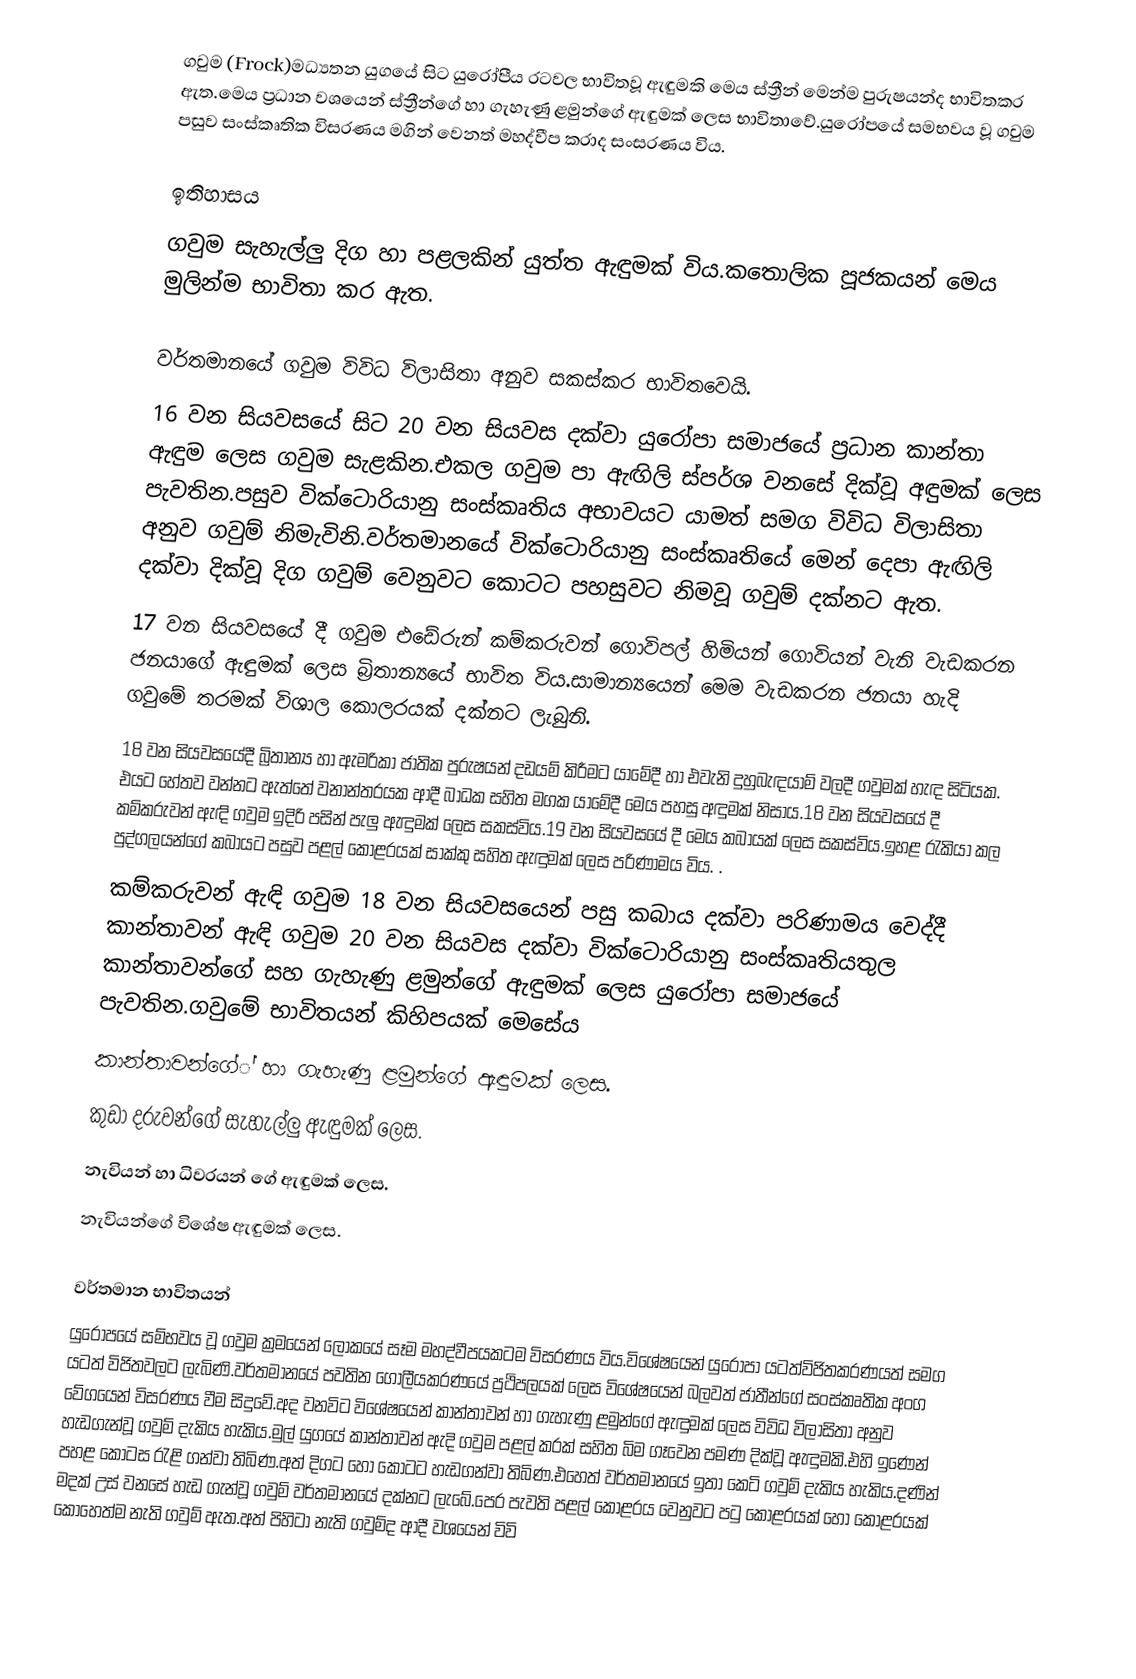
ගවුම (Frock)මධ්‍යතන යුගයේ සිට යුරෝපීය රටවල භාවිතවූ ඇඳුමකි මෙය ස්ත්‍රීන් මෙන්ම පුරුෂයන්ද භාවිතකර ඇත.මෙය ප්‍රධාන වශයෙන් ස්ත්‍රීන්ගේ හා ගැහැණු ළමුන්ගේ ඇඳුමක් ලෙස භාවිතාවේ.යුරෝපයේ සමභවය වූ ගවුම පසුව සංස්කෘතික විසරණය මගින් වෙනත් මහද්වීප කරාද සංසරණය විය.

ඉතිහාසය
ගවුම සැහැල්ලු දිග හා පළලකින් යුත්ත ඇඳුමක් විය.කතොලික පූජකයන්  මෙය මුලින්ම භාවිතා කර ඇත.

වර්තමානයේ ගවුම විවිධ විලාසිතා අනුව සකස්කර භාවිතවෙයි.
 16 වන සියවසයේ සිට 20 වන සියවස දක්වා යුරෝපා සමාජයේ ප්‍රධාන කාන්තා ඇඳුම ලෙස ගවුම සැළකින.එකල ගවුම පා ඇඟිලි ස්පර්ශ වනසේ දික්වූ අඳුමක් ලෙස පැවතින.පසුව වික්ටොරියානු සංස්කෘතිය අභාවයට යාමත් සමග විවිධ විලාසිතා අනුව ගවුම් නිමැවිනි.වර්තමානයේ වික්ටොරියානු සංස්කෘතියේ මෙන් දෙපා ඇඟිලි දක්වා දික්වූ දිග ගවුම් වෙනුවට කොටට පහසුවට නිමවූ ගවුම් දක්නට ඇත.
 17 වන සියවසයේ දී ගවුම එඩේරුන් කම්කරුවන් ගොවිපල් හිමියන් ගොවියන් වැනි වැඩකරන ජනයාගේ ඇඳුමක් ලෙස බ්‍රිතාන්‍යයේ භාවිත විය.සාමාන්‍යයෙන් මෙම වැඩකරන ජනයා හැදි ගවුමේ තරමක් විශාල කොලරයක් දක්නට ලැබුනි.
 18 වන සියවසයේදී බ්‍රිතාන්‍ය හා ඇමරිකා ජාතික පුරුෂයන් දඩයම් කිරීමට යාමේදී හා එවැනි දුහුබැඳයාම් වලදී ගවුමක් හැඳ සිටියක. එයට හේතව වන්නට ඇත්තේ වනාන්තරයක ආදී බාධක සහිත මගක යාමේදී මෙය පහසු අඳුමක් නිසාය.18 වන සියවසයේ දී කම්කරුවන් ඇඳි ගවුම ඉදිරි පසින් පැලු ඇඳුමක් ලෙස සකස්විය.19 වන සියවසයේ දී මෙය කබායක් ලෙස සකස්විය.ඉහළ රැකියා කල පුද්ගලයන්ගේ කබායට පසුව පළල් කොළරයක් සාක්කු සහිත ඇඳුමක් ලෙස පරිණාමය විය. .
කම්කරුවන් ඇඳි ගවුම 18 වන සියවසයෙන් පසු කබාය දක්වා පරිණාමය වෙද්දී කාන්තාවන් ඇඳි ගවුම 20 වන සියවස දක්වා වික්ටොරියානු සංස්කෘතියතුල කාන්තාවන්ගේ සහ ගැහැණු ළමුන්ගේ ඇඳුමක් ලෙස යුරෝපා සමාජයේ පැවතින.ගවුමේ භාවිතයන් කිහිපයක් මෙසේය
 කාන්තාවන්ගේ් හා ගැහැණු ළමුන්ගේ ඇඳුමක් ලෙස.
 කුඩා දරුවන්ගේ සැහැල්ලු ඇඳුමක් ලෙස.
 නැවියන් හා ධිවරයන් ගේ ඇඳුමක් ලෙස.
නැවියන්ගේ විශේෂ ඇඳුමක් ලෙස.

වර්තමාන භාවිතයන්
යුරෝපයේ සම්භවය වූ ගවුම ක්‍රමයෙන් ලෝකයේ සෑම මහද්වීපයකටම විසරණය විය.විශේෂයෙන් යුරෝපා යටත්විජිතකරණයත් සමග යටත් විජිතවලට ලැබිණි.වර්තමානයේ පවතින ගෝලීයකරණයේ ප්‍රථිපලයක් ලෙස විශේෂයෙන් බලවත් ජාතීන්ගේ සංස්කෘතික අංග වේගයෙන් විසරණය වීම සිදුවේ.අද වනවිට විශේෂයෙන් කාන්තාවන් හා ගැහැණු ළමුන්ගේ ඇඳුමක් ලෙස විවිධ විලාසිතා අනුව හැඩගැන්වූ ගවුම් දැකිය හැකිය.මුල් යුගයේ කාන්තාවන් ඇදි ගවුම පළල් කරක් සහිත බිම ගෑවෙන පමණ දික්වූ ඇඳුමකි.එහි ඉණෙන් පහළ කොටස රැළි ගන්වා තිබිණ.අත් දිගට හෝ කොටට හැඩගන්වා තිබිණ.එහෙත් වර්තමානයේ ඉතා කෙටි ගවුම් දැකිය හැකිය.දණින් මදක් උස් වනසේ හැඩ ගැන්වූ ගවුම් වර්තමානයේ දක්නට ලැබේ.පෙර පැවති පළල් කොළරය වෙනුවට පටු කොළරයක් හෝ කොළරයක් කොහෙත්ම නැති ගවුම් ඇත.අත් පිහිටා නැති ගවුම්ද ආදී වශයෙන් විවි